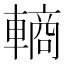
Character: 𬧽